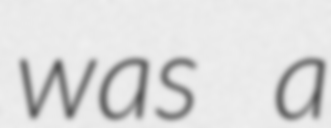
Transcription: was a